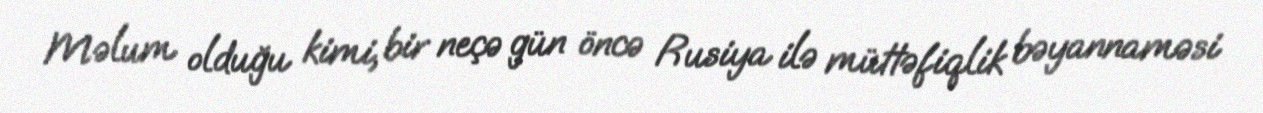
Məlum olduğu kimi, bir neçə gün öncə Rusiya ilə müttəfiqlik bəyannaməsi